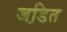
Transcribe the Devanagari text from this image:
जडि़त